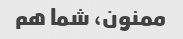
ممنون، شما هم